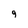
Character: 9